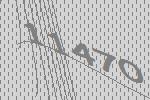
11470